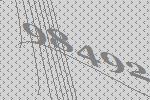
98492